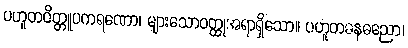
ပဟူတဝိတ္တူပကရဏော၊ များသောဝတ္ထုအရာရှိသော။ ပဟူတဓနဓညော၊